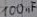
Text: 100nF